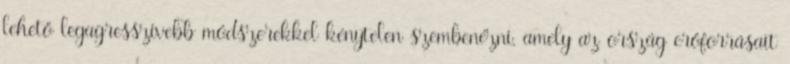
lehető legagresszívebb módszerekkel kénytelen szembenézni, amely az ország erőforrásait